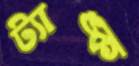
ট্যাঙ্ক